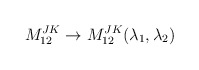
\begin{align*}M^{JK}_{12} \rightarrow M^{JK}_{12}(\lambda_1,\lambda_2)\end{align*}